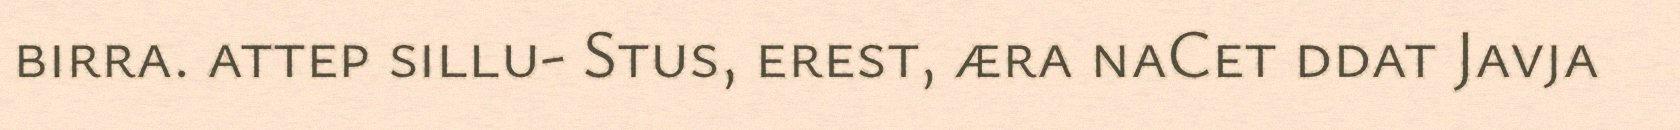
birra. attep sillu- Stus, erest, æra naCet ddat Javja